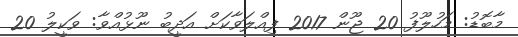
މާބޮޑު: މަހުލޫފު 20 ޖޫން 2017 ފިއްލަވާކަށް އަދީބު ނޫޅުއްވާ: ވަކީލު 20